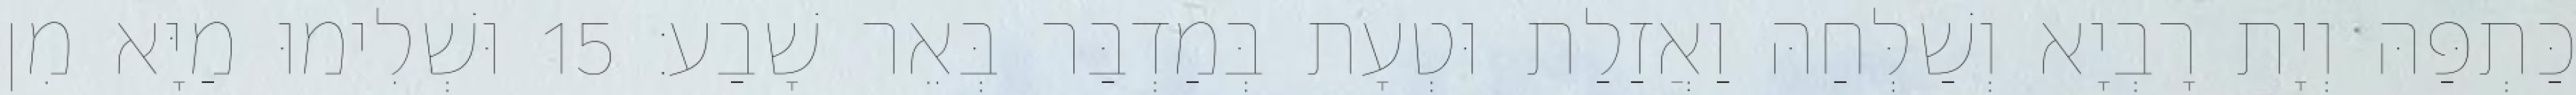
כַּתְפַּהּ וְיָת רָבְיָא וְשַׁלְּחַהּ וַאֲזַלַת וּטְעָת בְּמַדְבַּר בְּאֵר שָׁבַע׃ 15 וּשְׁלִימוּ מַיָּא מִן